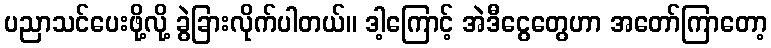
ပညာသင်ပေးဖို့လို့ ခွဲခြားလိုက်ပါတယ်။ ဒါ့ကြောင့် အဲဒီငွေတွေဟာ အတော်ကြာတော့